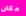
مكان